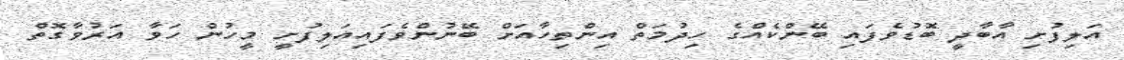
އަލިފުށި އާބާދީ ބޮޑުވެފައި ބޭންކެއްގެ ހިދުމަތް އިންތިހާއަށް ބޭނުންވެފައިއަލިފުށީ މީހުން ހަވާ އަރުވާގޮތް